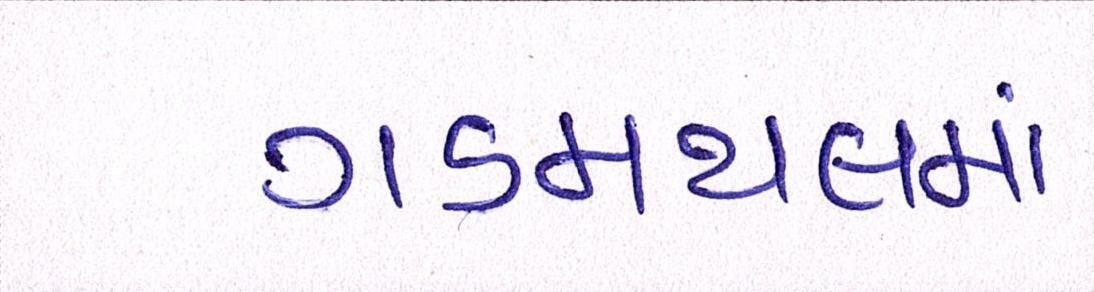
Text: ગડમથલમાં